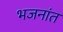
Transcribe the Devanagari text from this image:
भजनांत